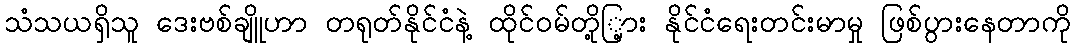
သံသယရှိသူ ဒေးဗစ်ချိူဟာ တရုတ်နိုင်ငံနဲ့ ထိုင်ဝမ်တို့ြ့ား နိုင်ငံရေးတင်းမာမှု ဖြစ်ပွားနေတာကို